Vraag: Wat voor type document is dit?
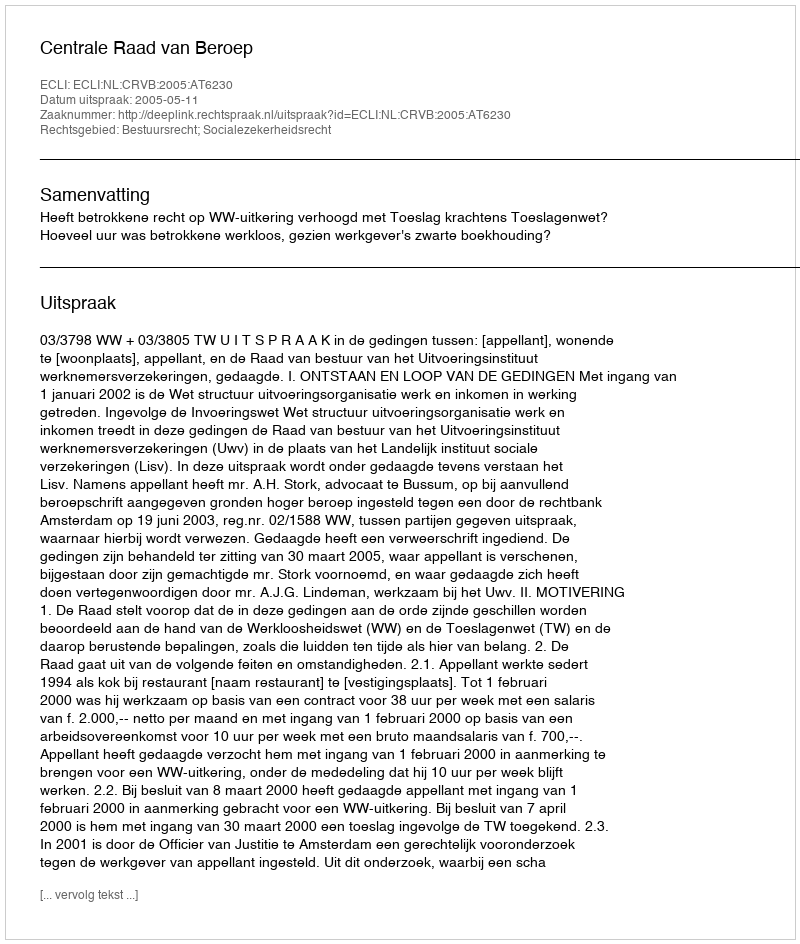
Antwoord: Uitspraak